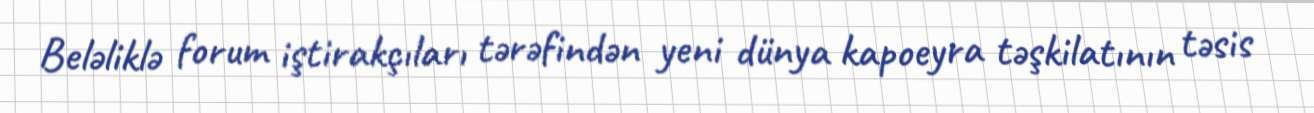
Beləliklə forum iştirakçıları tərəfindən yeni dünya kapoeyra təşkilatının təsis